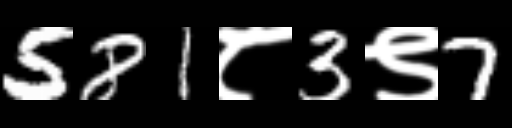
Text: 581८3९7